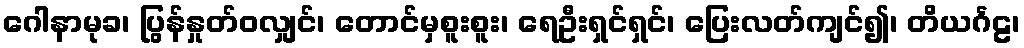
ဂေါနာမုခ၊ ပြွန်နှုတ်ဝလျှင်၊ တောင်မှစူးစူး၊ ရေဦးရှင်ရှင်၊ ပြေးလတ်ကျင်၍၊ တိယင်္ဂဠ၊